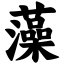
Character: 藻